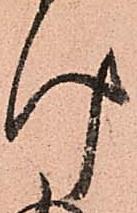
け